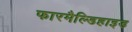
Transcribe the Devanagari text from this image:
फारमैल्डिहाइड